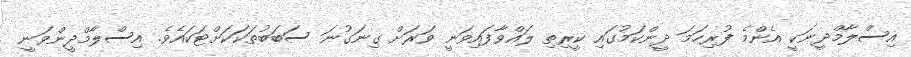
އިސްލާމްދީނަކީ އެންމެ ފުރިހަމަ ދީންކަމުގައި ކީރިތި ލައްވާފައިވަނީ ވަރަށް ގިނަގުނަ ސަބަބުތަކަކަށްޓަކައެވެ. އިސްލާމްދީންވަނީ